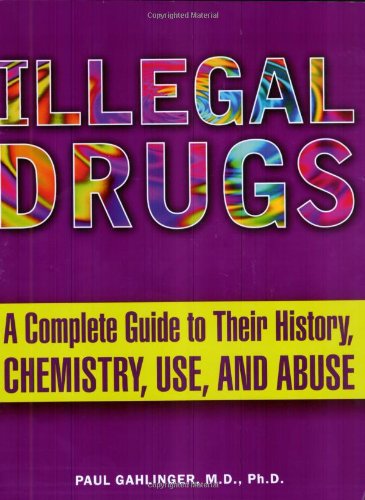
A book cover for Illegal Drugs: A Complete Guide to their History, Chemistry, Use, and Abuse; Paul Gahlinger; Medical Books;